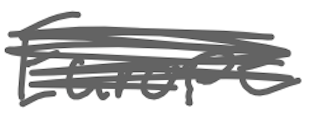
Text: Europe
Cross-out: scratch
Writing tool: digital_gray